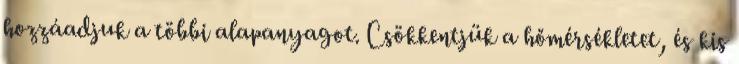
hozzáadjuk a többi alapanyagot. Csökkentjük a hőmérsékletet, és kis